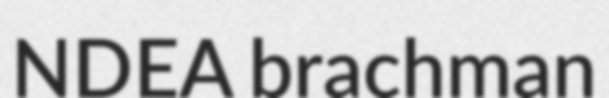
NDEA brachman